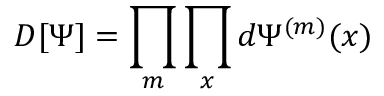
D [ \Psi ] = \prod _ { m } \prod _ { x } d \Psi ^ { ( m ) } ( x )